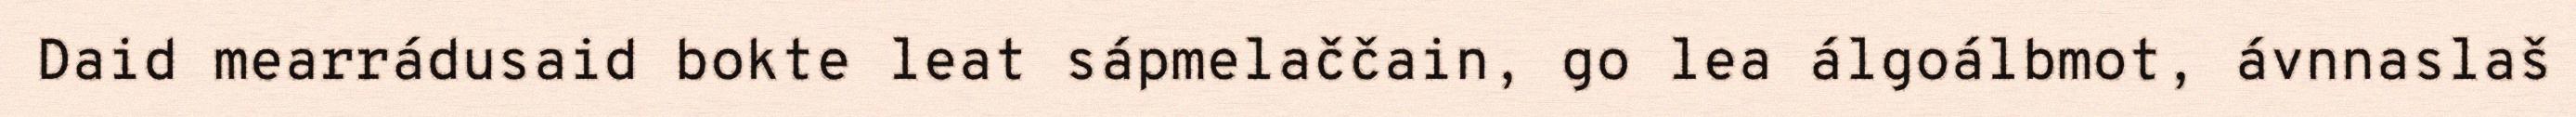
Daid mearrádusaid bokte leat sápmelaččain, go lea álgoálbmot, ávnnaslaš